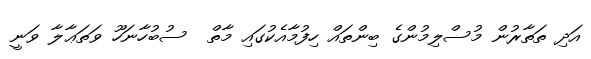
އަދި ތަތާރުން މުސްލިމުންގެ ބިންތައް ހިފުމާއެކުގައި މާތް  ސުބުހާނަހޫ ވަތަޢާލާ ވަނީ